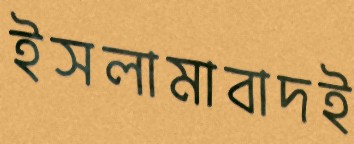
ইসলামাবাদই